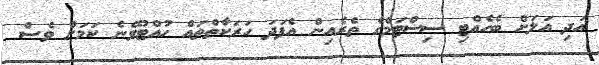
އަދި އަލަށް ބެހެއްޓި ސިސްޓަމްގެ ތެރެއިން އެފަދަ ހަރަކާތްތައް ހުއްޓުވޭނެ ކަމަށް ވެސް